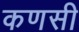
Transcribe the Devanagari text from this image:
कणसी